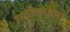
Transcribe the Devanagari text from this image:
सर्वांतरात्मा